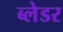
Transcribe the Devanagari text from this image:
ब्लेडर